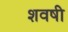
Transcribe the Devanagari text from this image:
शवषी